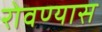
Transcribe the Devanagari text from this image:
रोवण्यास